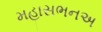
મહાસભનઅ